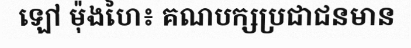
ឡៅ ម៉ុងហៃ៖ គណបក្សប្រជាជនមាន